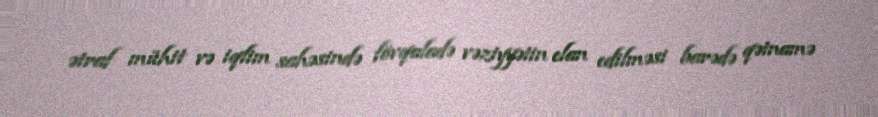
ətraf mühit və iqlim sahəsində fövqaladə vəziyyətin elan edilməsi barədə qətnamə